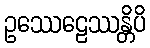
ဥဿေဠေဿန္တိပိ